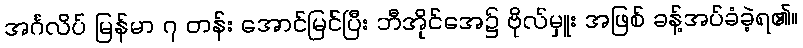
အင်္ဂလိပ် မြန်မာ ၇ တန်း အောင်မြင်ပြီး ဘီအိုင်အေ၌ ဗိုလ်မှူး အဖြစ် ခန့်အပ်ခံခဲ့ရ၏။